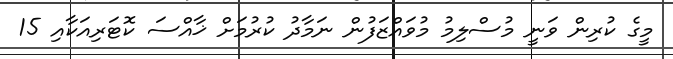
މީގެ ކުރިން ވަނީ މުސްލިމު މުވައްޒަފުން ނަމާދު ކުރުމަށް ޚާއްސަ ކޮޓަރިއަކާއި 15